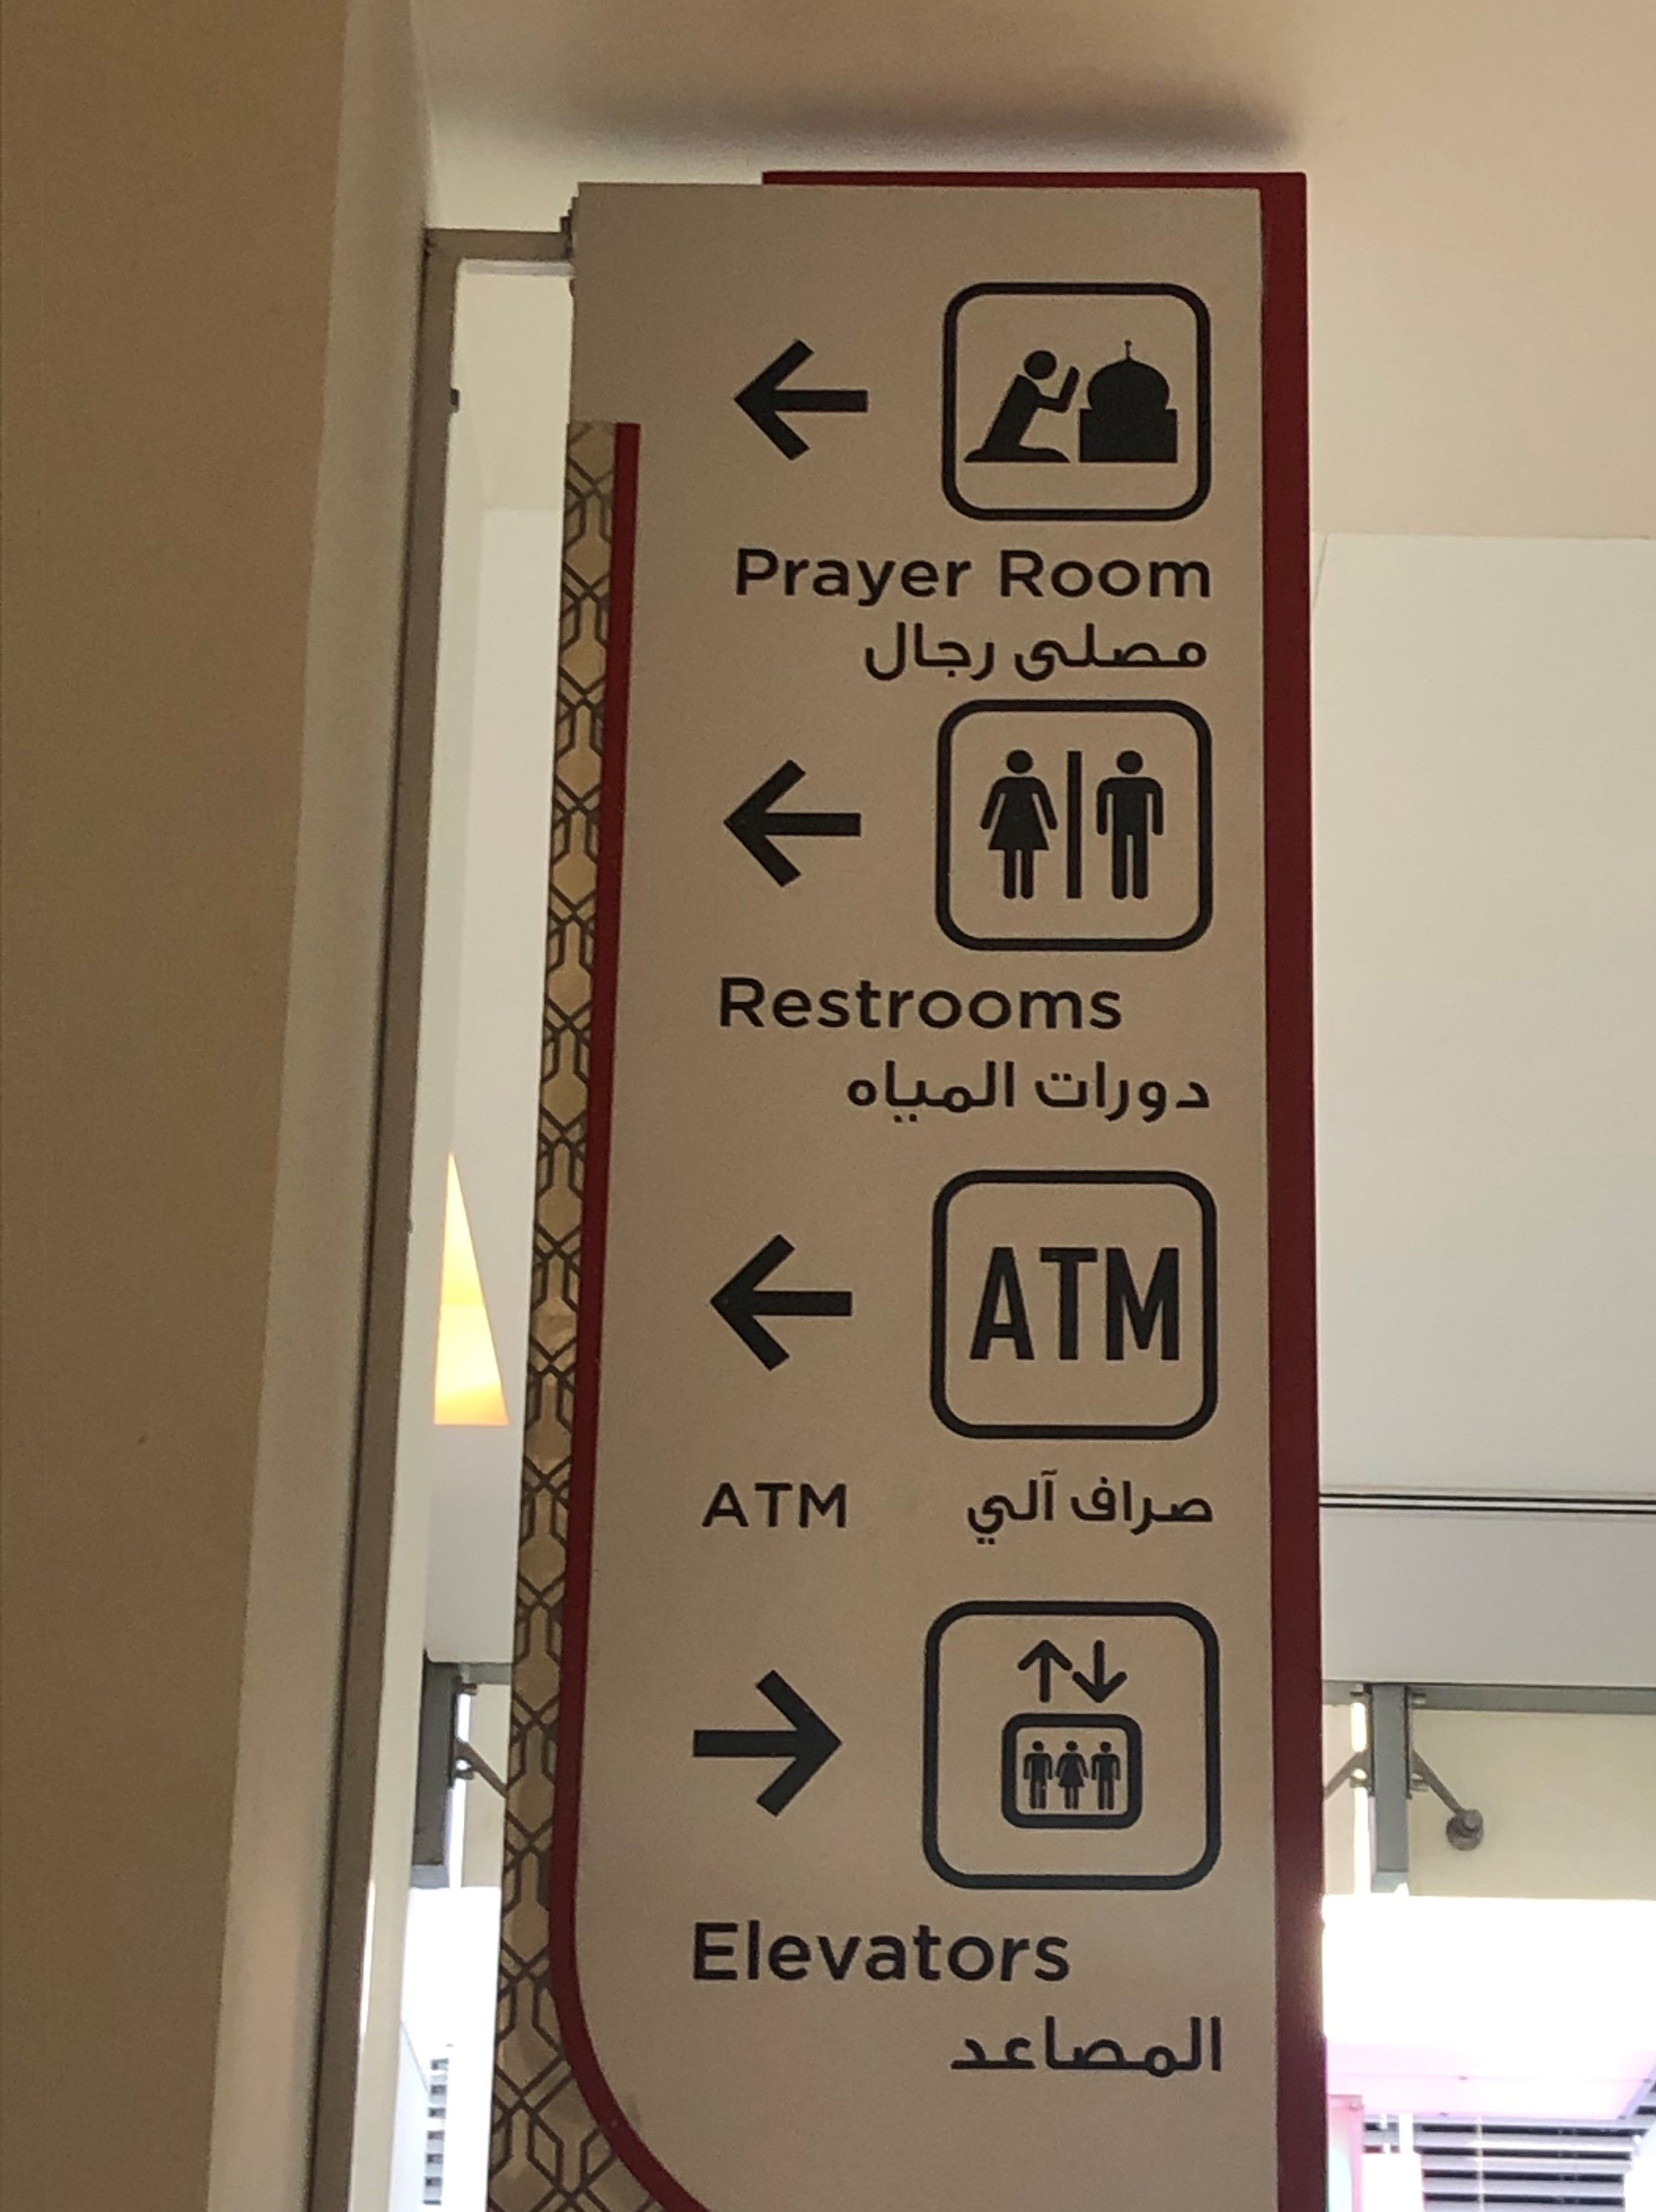
Text in image: مصلى رجال المياه دورات صراف آلي المصاعد Room Prayers Restrooms ATM ATM Elevators